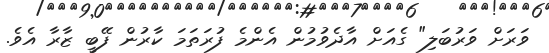
ވަރަށް ވަރުބަލި" ގެއަށް އާދެވުމުން އެންމެ ފުރަތަމަ ކާރުން ފޭބީ ޒާރާ އެވެ.